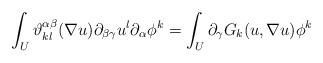
LaTeX: \begin{align*}\int_U \vartheta_{kl}^{\alpha \beta} (\nabla u) \partial_{\beta \gamma} u^l \partial_\alpha \phi^k = \int_U \partial_\gamma G_k(u, \nabla u) \phi^k\end{align*}